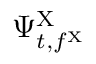
\Psi _ { t , f ^ { \mathrm { X } } } ^ { \mathrm { X } }